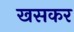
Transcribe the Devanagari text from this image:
खसकर